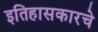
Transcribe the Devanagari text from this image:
इतिहासकारचे